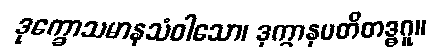
ဒုက္ခောသမာနသံဝါသော၊ ဒုက္ခာနုပတိတဒ္ဓဂူ။